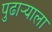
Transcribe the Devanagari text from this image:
पुढाऱ्याला